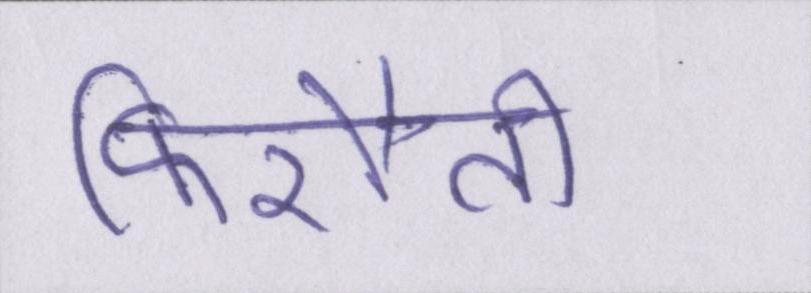
फिरौती